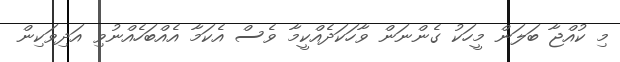
މި ކުއްޖާ ބަލަން މީހަކު ގެންނަން ވާހަކަދެއްކީމާ ވެސް އެކަމާ އެއްބަހެއްނުވި އަދިވަކިން